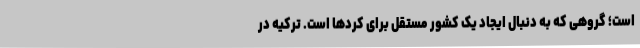
است؛ گروهی که به دنبال ایجاد یک کشور مستقل برای کردها است. ترکیه در